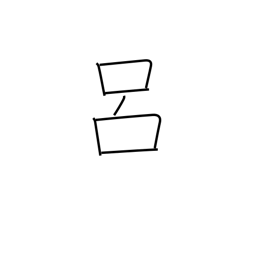
Meaning: backbone